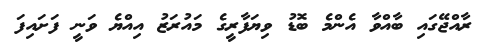
ރާއްޖޭގައި ބާއްވާ އެންމެ ބޮޑު ވިޔަފާރީގެ މައުރަޒު އިއްޔެ ވަނީ ފަށައިފަ